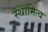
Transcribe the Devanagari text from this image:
स्थामित्व